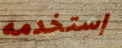
إستخدمه